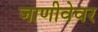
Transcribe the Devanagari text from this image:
जाणीवेवर